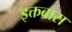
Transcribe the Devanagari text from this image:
इक्तबास